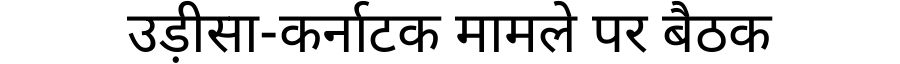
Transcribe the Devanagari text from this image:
उड़ीसा-कर्नाटक मामले पर बैठक